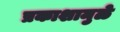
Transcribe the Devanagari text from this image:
प्रकाशामुळे